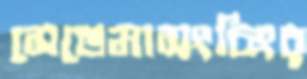
সেভেমাসংচিংর